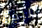
الرجل